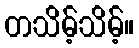
တသိမ့်သိမ့်။